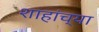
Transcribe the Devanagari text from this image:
शाहांच्या